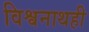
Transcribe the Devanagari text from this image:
विश्वनाथही